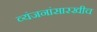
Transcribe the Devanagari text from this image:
व्यंजनांसारखीच